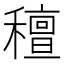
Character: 䆄